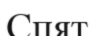
Спят